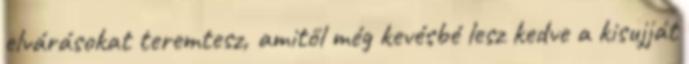
elvárásokat teremtesz, amitől még kevésbé lesz kedve a kisujját